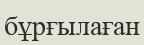
бұрғылаған